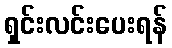
ရှင်းလင်းပေးရန်